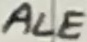
Text: ALE